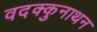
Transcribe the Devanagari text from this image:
वदक्कुनाथन